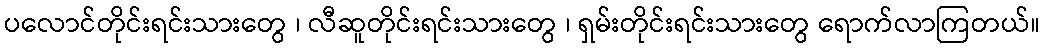
ပလောင်တိုင်းရင်းသားတွေ ၊ လီဆူတိုင်းရင်းသားတွေ ၊ ရှမ်းတိုင်းရင်းသားတွေ ရောက်လာကြတယ်။